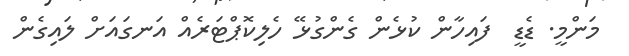
މަންމީ. ޑެޑީ  ފައިހާން ކުޅެން ގެންގުޅޭ ހެލިކޮޕްޓަރެއް އަނގައަށް ލައިގެން